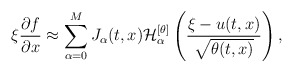
\begin{align*}\xi \frac{\partial f}{\partial x} \approx \sum_{\alpha=0}^{M} J_{\alpha}(t,x) \mathcal{H}^{[\theta]}_{\alpha} \left( \frac{\xi - u(t,x)}{\sqrt{\theta(t,x)}} \right),\end{align*}